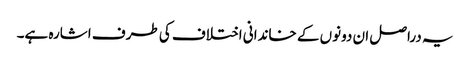
یہ دراصل ان دونوں کے خاندانی اختلاف کی طرف اشارہ ہے۔